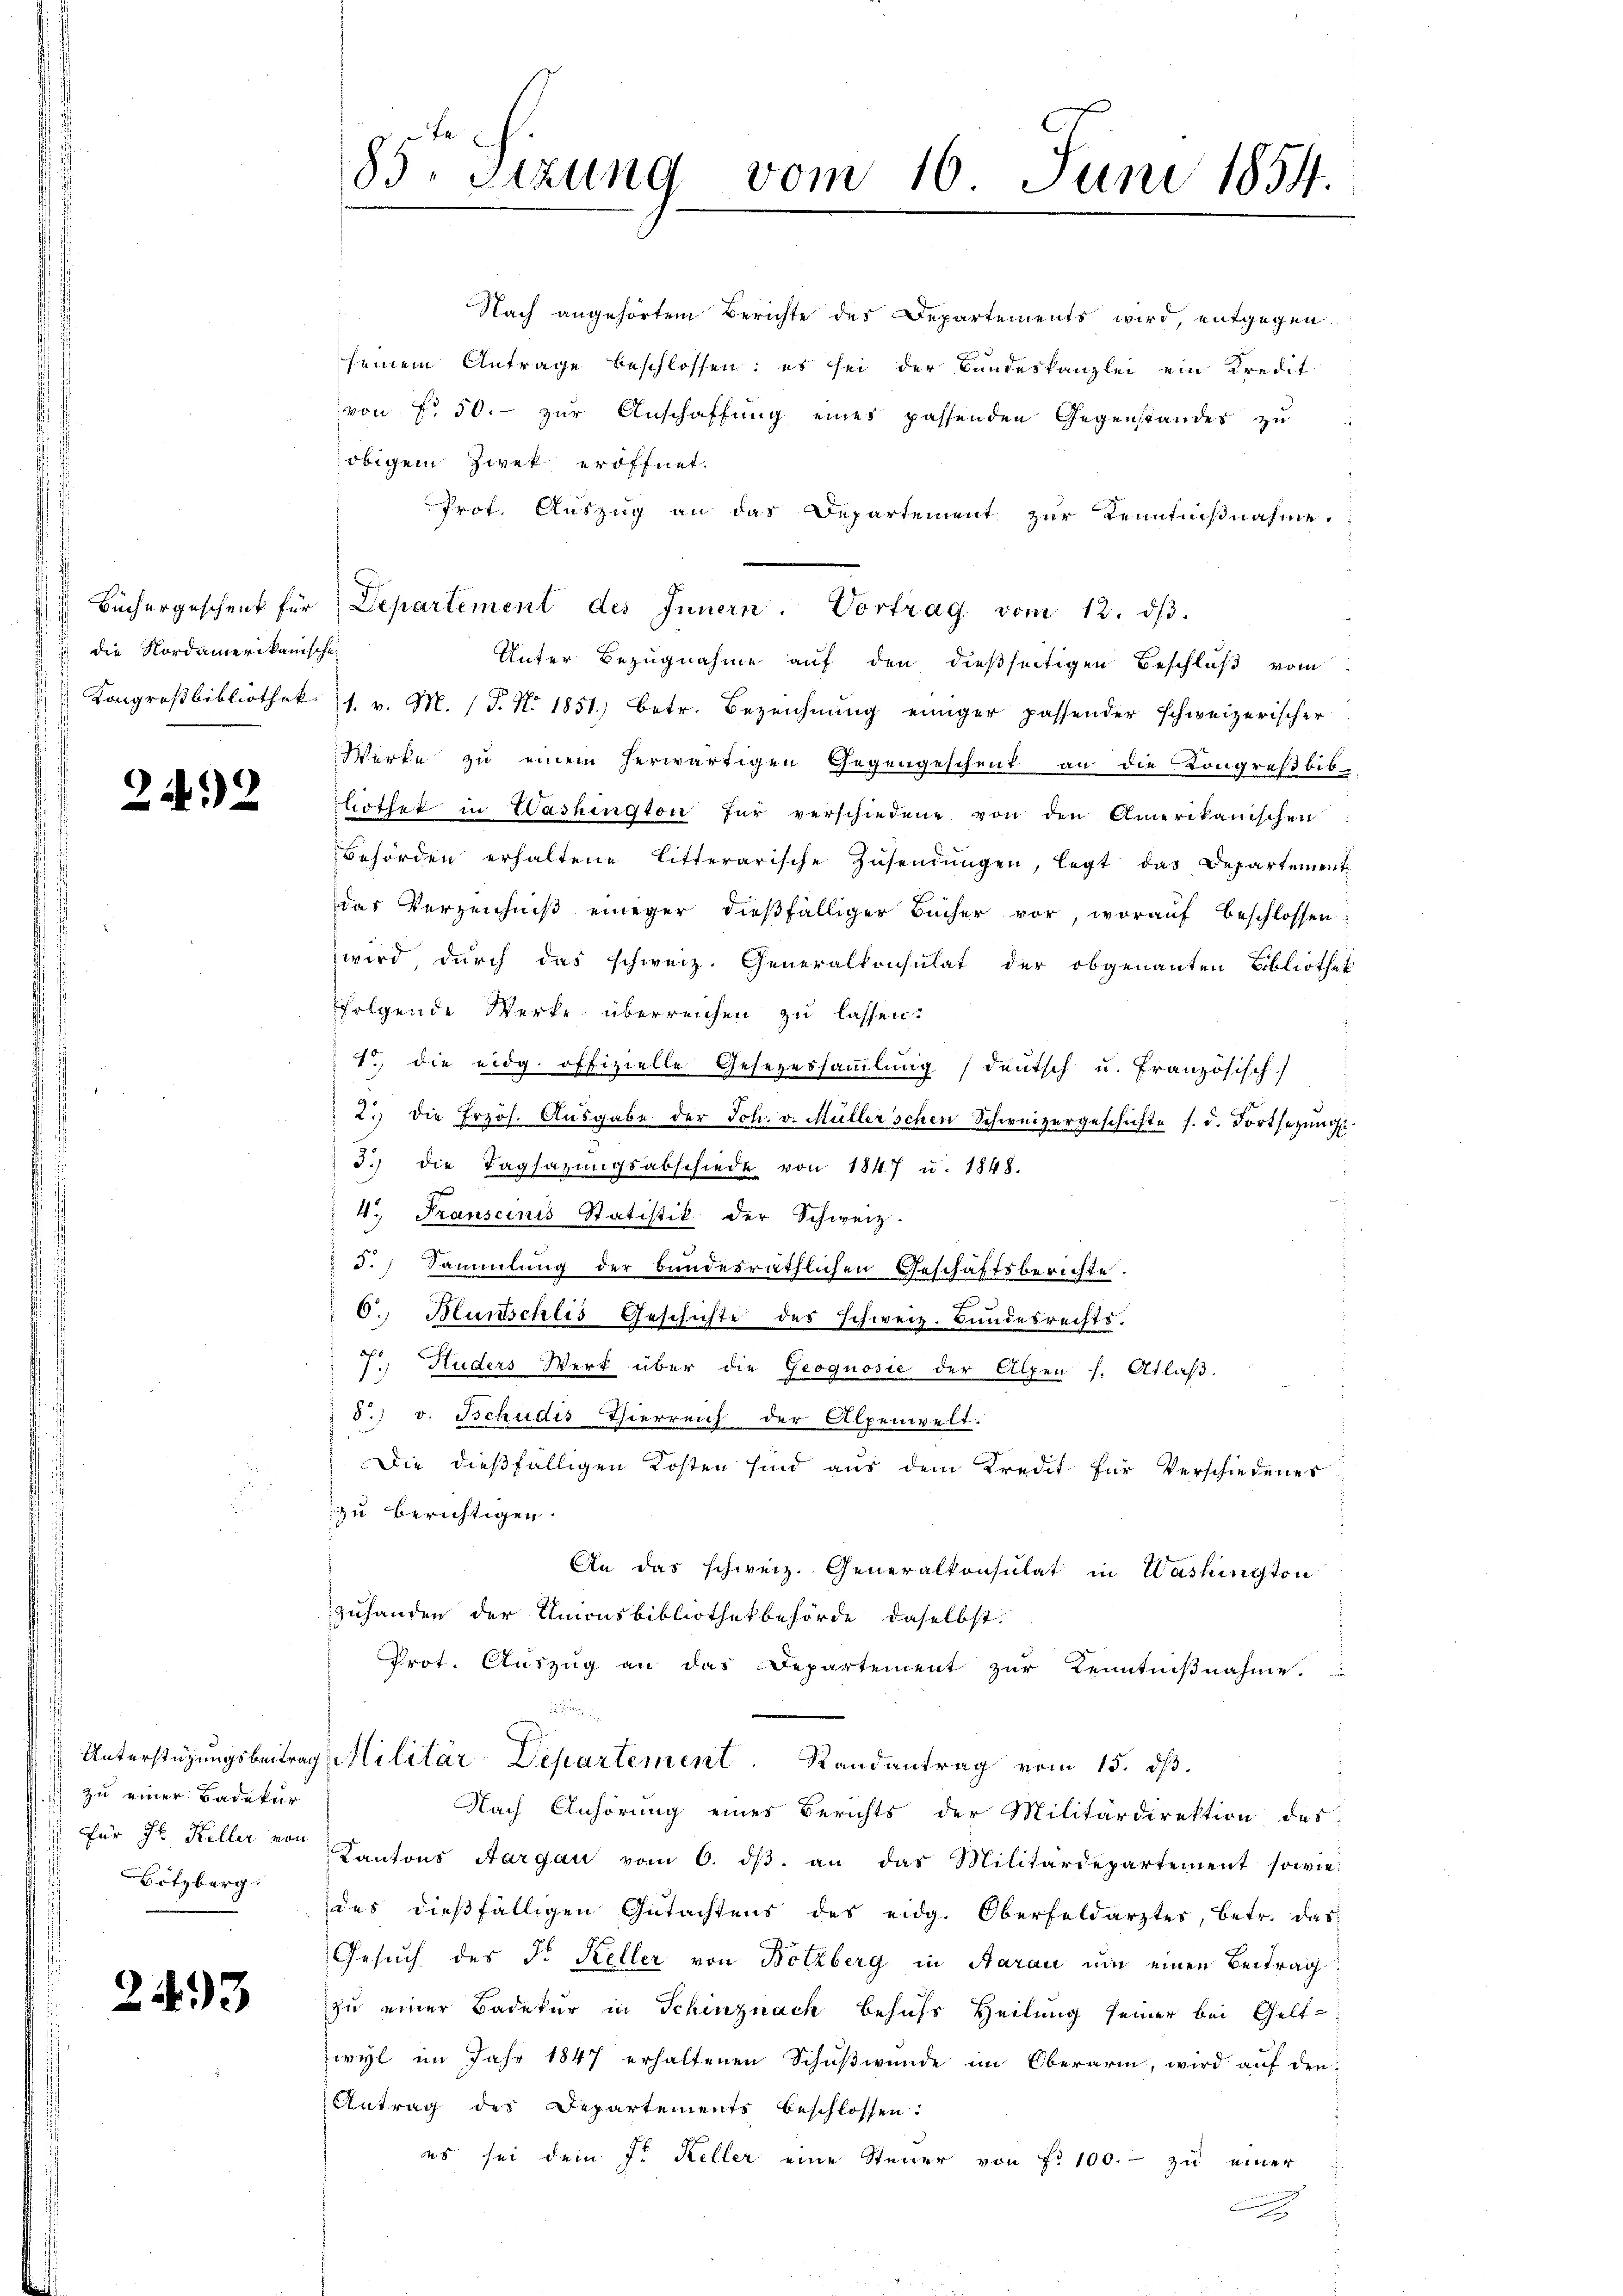
Büchergeschenk für
i die Nordamerikanische
Kongreßbibliothek.

2492

Unterstützungsbeitrag
. zu einer Badekur
Für Sr. Keller von
Hötzberg.

2493

85. Sitzung vom 16. Juni 1854.

Nach angehörtem Berichte des Departements wird, entgegen
seinem Antrage beschlossen: es sei der Bundeskanzlei ein Kredit
von § 50.- zur Anschaffung eines passenden Gegenstandes zu
obigem Zwek eröffnet.
Prof. Auszug an das Departement zur Kenntnißnahme.
Unter Bezugnahme auf den dießseitigen Beschluß vom
1. v. M. (T. No. 1851.) betr. Bezeichnung einiger passender schweizerischer
Werke zu einem herwärtigen Gegengeschent an die Kongreßbib
liothek in Washington für verschiedene von den Amerikanischen
Behörden erhaltene litterarische Zŭsendŭngen, legt das Departement
das Verzeichniß einiger dießfälliger Bücher vor, worauf beschlossen
wird durch das schweiz. Generalkonsulat der obgenannten Bibliothek
folgende Werke überreichen zu lassen.
so die eidg. offizielle Gesezessammlung (deutsch u. Französisch
2.) die frzös. Aŭsgabe der Joh. v. Müller'schen Schweizergeschichte s. d. Fortsezung
3.) die Tagsazungsabschiede von 1847 u. 1848.
4. Franscinis Statistik der Schweiz.
d. Sammlung der bundesräthlichen Geschäftsberichte.
i
O. Hunschlis Geschichte des Schweiz. Bundesrechts.
ds 8
1 Huders Werk über die Geognosie der Alpen s. Atlaß.
8. v. Tschudis Thierreich der Alpenwelt.
Die dießfälligen Kosten sind aus dem Kredit für Verschiedenes
zu berichtigen.
An das schweiz. Generalkonsulat in Washington
zuhanden der Amonsbibliothekbehörde daselbst.
Prot. Auszug an das Departement zur Kenntnißnahme.

Militär-Departement. Randantrag vom 15. dβ.
Nach Anhörung eines Berichts der Militärdirektion des
Kantons Aargau vom 6. dβ an das Militärdepartement sowie
des dießfälligen Gutachtens des eidg. Oberfeldarztes, betr. das
Gesuch des Fr. Keller von Botzberg in Aarau um einen Beitrag
zu einer Badekur in Schinznach behufs Heilung seiner bei Gelt-
zwyl im Jahr 1847 erhaltenen Schußwunde im Oberarm, wird auf den
Antrag des Departements beschlossen:
es sei dem fr. Keller eine Steuer von f. 100. zu einer

Departement des Innern. Vortrag vom 12. dβ.

f